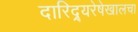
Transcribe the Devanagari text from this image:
दारिद्र्यरेषेखालचा